65_HS1-834228961_62-HQ-83894_Section_3
Agency: FBI
Page 163
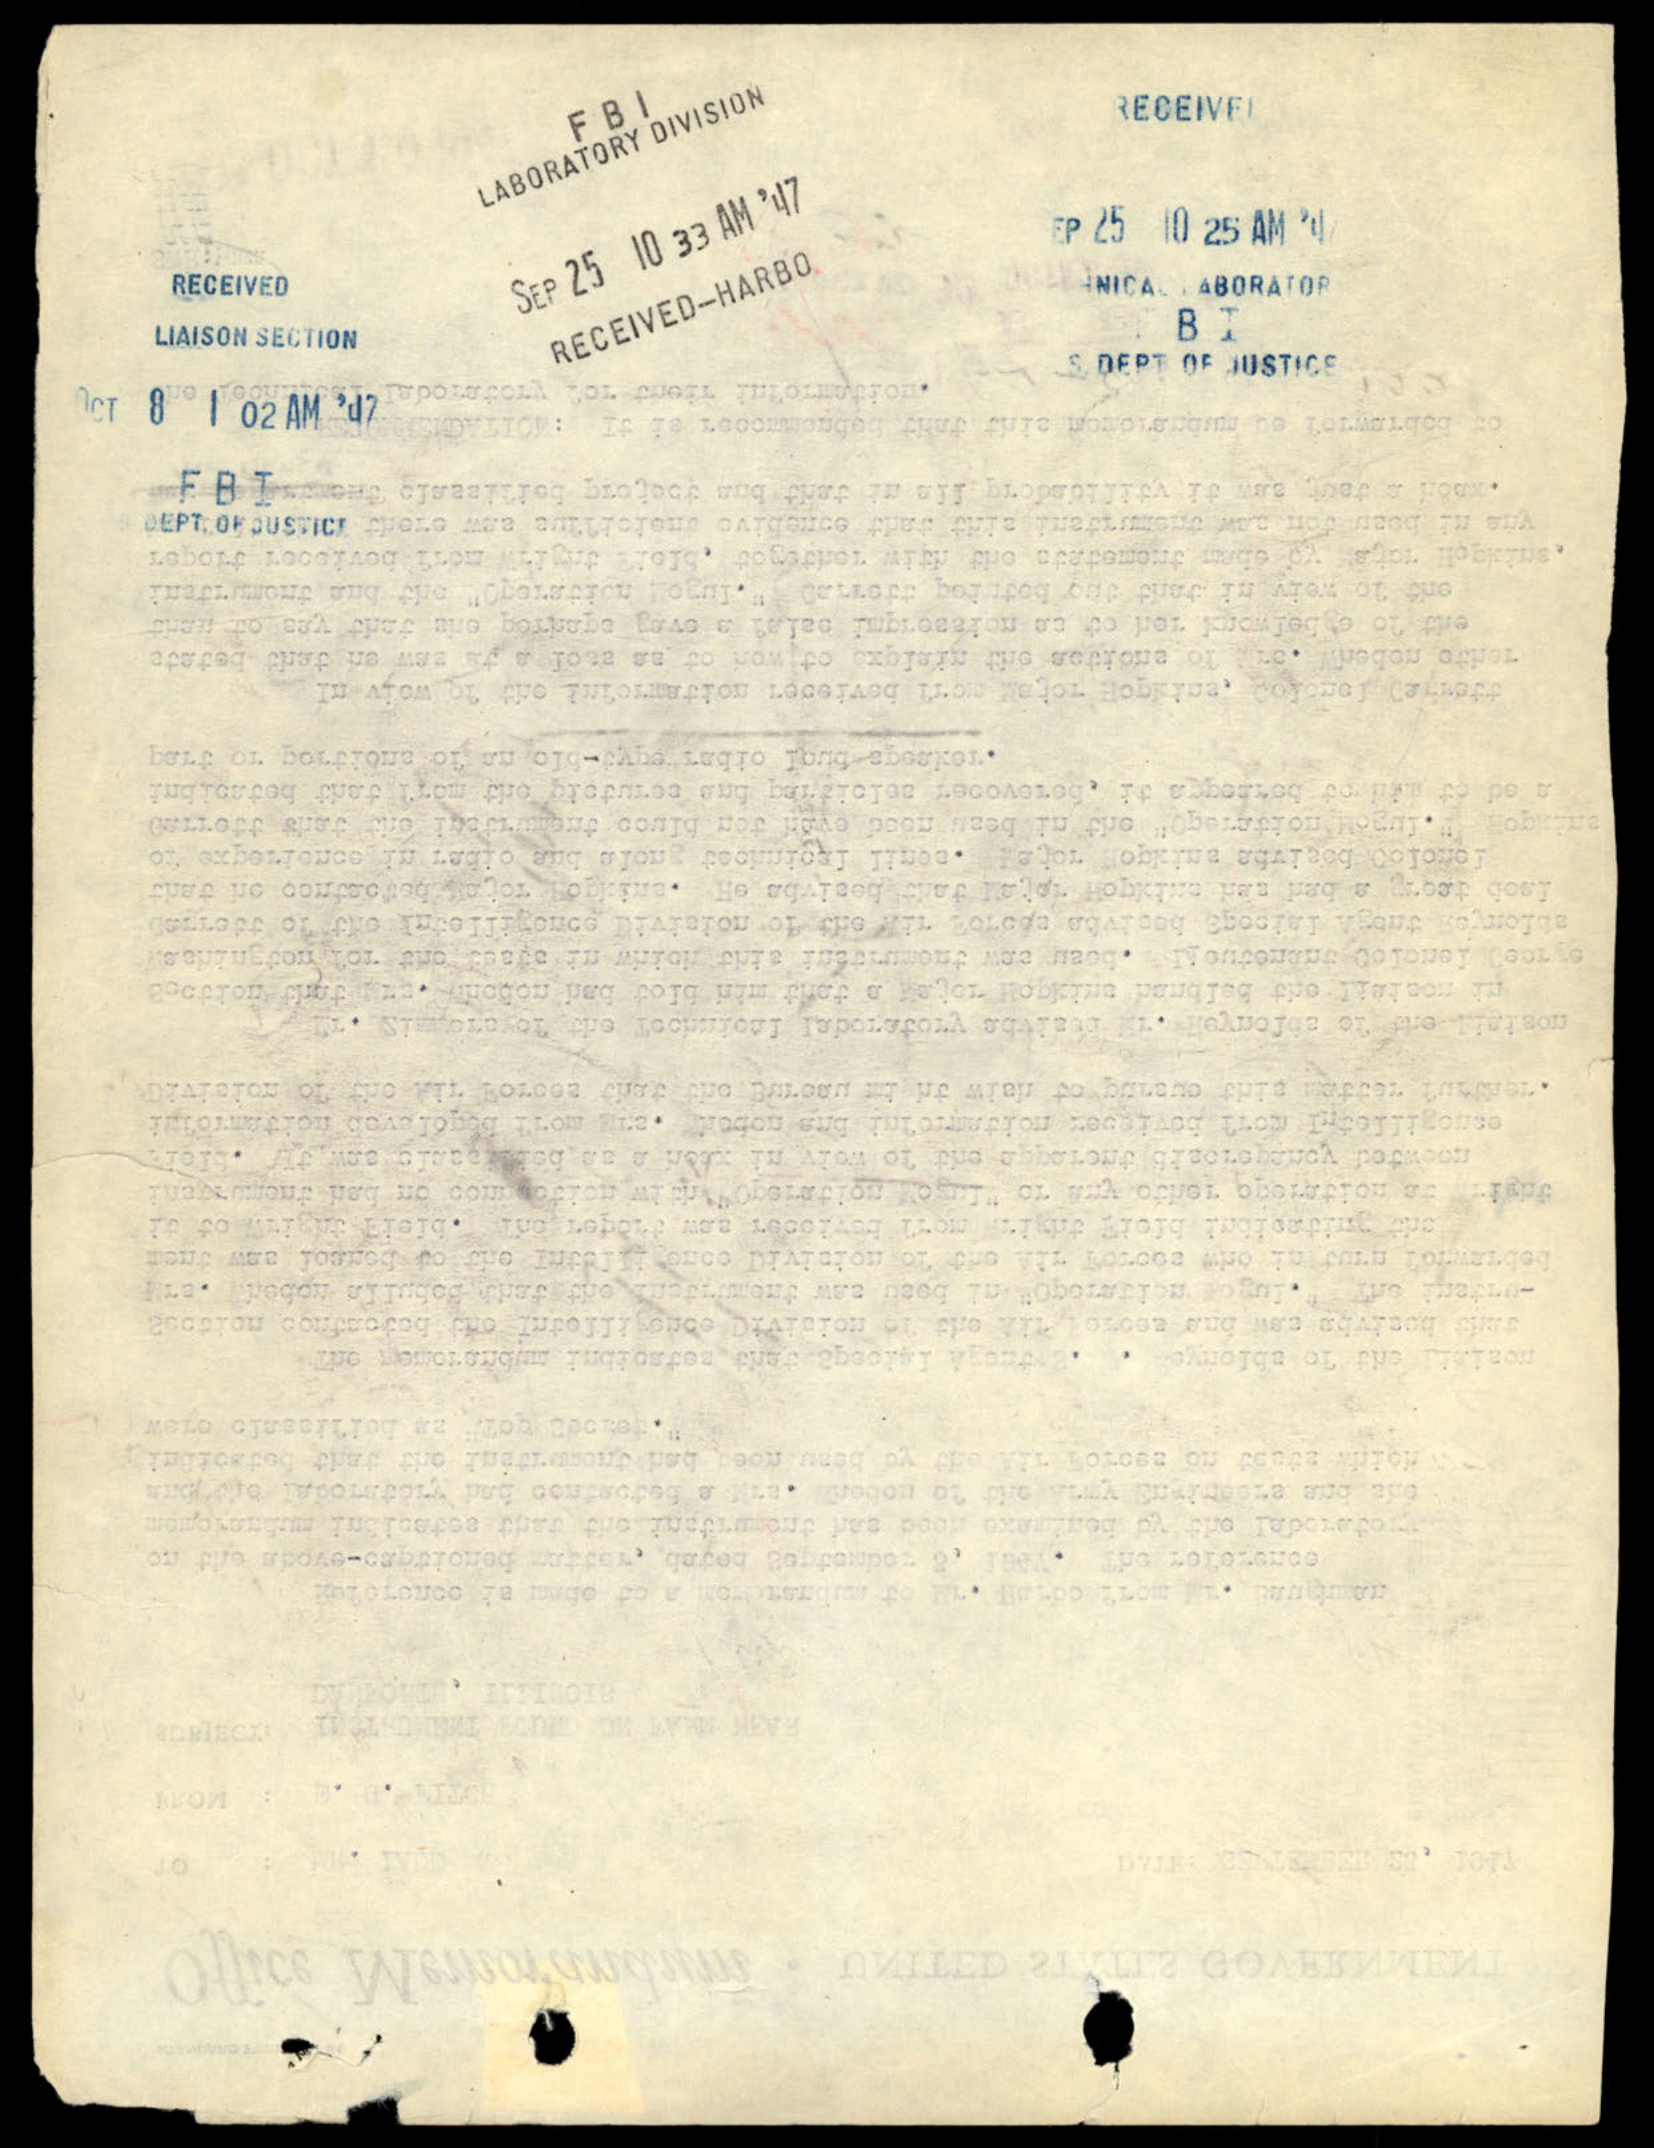